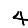
Digit: 4